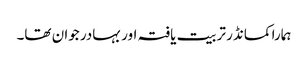
ہمارا کمانڈر تربیت یافتہ اور بہادر جوان تھا۔